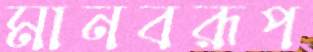
মানবরূপ